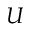
U